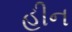
હીન